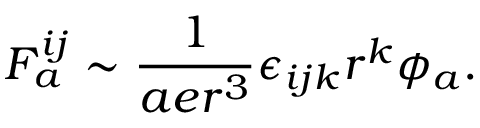
{ \cal F } _ { a } ^ { i j } \sim \frac { 1 } { a e r ^ { 3 } } \epsilon _ { i j k } r ^ { k } \phi _ { a } .